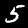
Digit: 5